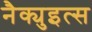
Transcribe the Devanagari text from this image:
नैक्युइत्स